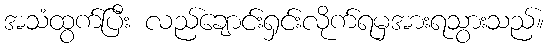
အသံထွက်ပြီး လည်ချောင်းရှင်းလိုက်ရမှအားရသွားသည်။